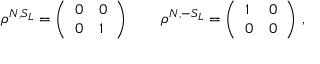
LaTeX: \rho ^ { N , S _ { L } } = \left( \begin{array} { l l } { { 0 } } & { { 0 } } \\ { { 0 } } & { { 1 } } \end{array} \right) \quad \quad \rho ^ { N , - S _ { L } } = \left( \begin{array} { l l } { { 1 } } & { { 0 } } \\ { { 0 } } & { { 0 } } \end{array} \right) \, ,